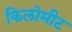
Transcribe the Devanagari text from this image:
किलोमीट